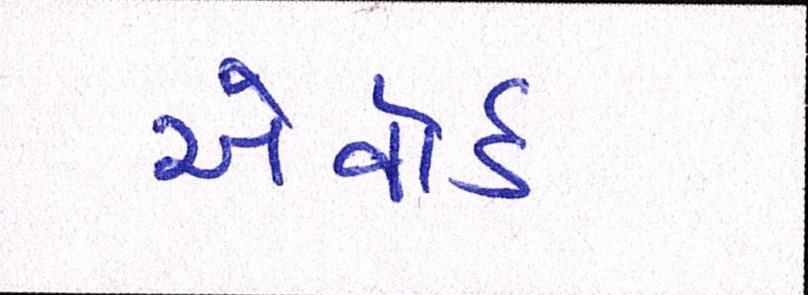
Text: એવૉર્ડ